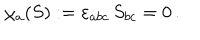
\chi _ { a } ( S ) : = \varepsilon _ { a b c } \, S _ { b c } = 0 \, .